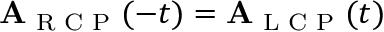
\mathbf { A } _ { \textrm { R C P } } ( - t ) = \mathbf { A } _ { \textrm { L C P } } ( t )